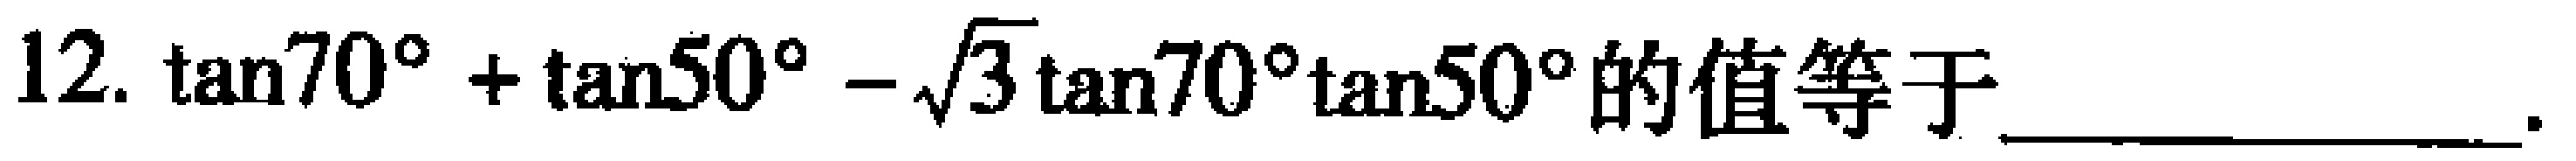
12. $\tan70^{\circ}+\tan50^{\circ}-\sqrt{3}\tan70^{\circ}\tan50^{\circ}$的值等于  。